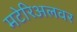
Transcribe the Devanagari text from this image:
मटेरिअलवर